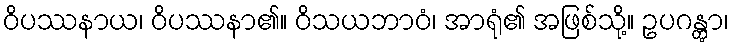
ဝိပဿနာယ၊ ဝိပဿနာ၏။ ဝိသယဘာဝံ၊ အာရုံ၏ အဖြစ်သို့။ ဥပဂန္တွာ၊